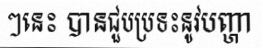
ៗនេះ បានជួបប្រទះនូវបញ្ហា